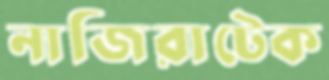
নাজিরাটেক